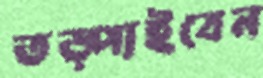
তড়্‌পাইবেন